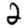
Digit: 2